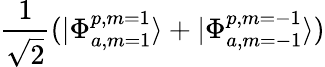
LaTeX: \frac{1}{\sqrt{2}}(|\Phi_{a,m=1}^{p,m=1}\rangle+|\Phi_{a,m=-1}^{p,m=-1}\rangle)